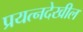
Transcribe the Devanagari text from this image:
प्रयत्नदेखील